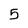
Character: 5